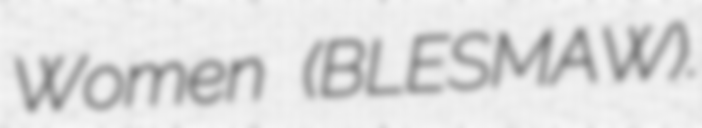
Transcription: Women (BLESMAW).